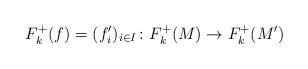
LaTeX: \begin{align*} F_k^+(f) = (f_i')_{i\in I} \colon F_k^+(M) \rightarrow F_k^+(M')\end{align*}